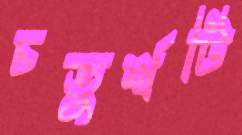
চতুর্থটি